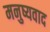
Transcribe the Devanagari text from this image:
मनुष्यवाद